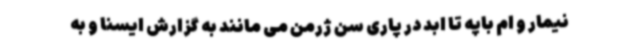
نیمار و ام باپه تا ابد در پاری سن ژرمن می مانند به گزارش ایسنا و به